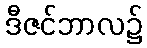
ဒီဇင်ဘာလ၌